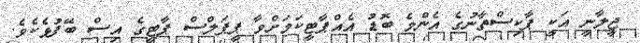
ޖީލާނީ އަކީ ޕާކިސްތާނުގެ އެންމެ ބޮޑު އެއްޕާޓީކަމަށްވާ ޕީޕަލްްސް ޕާޓީގެ އިސް ބޭފުޅެކެވެ.